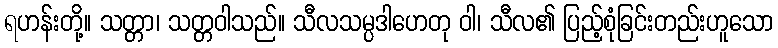
ရဟန်းတို့။ သတ္တာ၊ သတ္တဝါသည်။ သီလသမ္ပဒါဟေတု ဝါ၊ သီလ၏ ပြည့်စုံခြင်းတည်းဟူသော